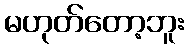
မဟုတ်တော့ဘူး